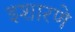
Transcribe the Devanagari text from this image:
इशारणे